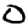
Digit: 0